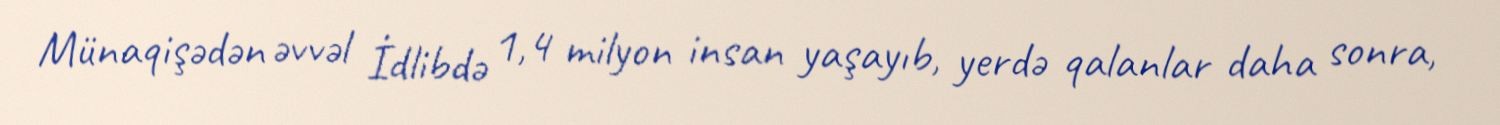
Münaqişədən əvvəl İdlibdə 1,4 milyon insan yaşayıb, yerdə qalanlar daha sonra,